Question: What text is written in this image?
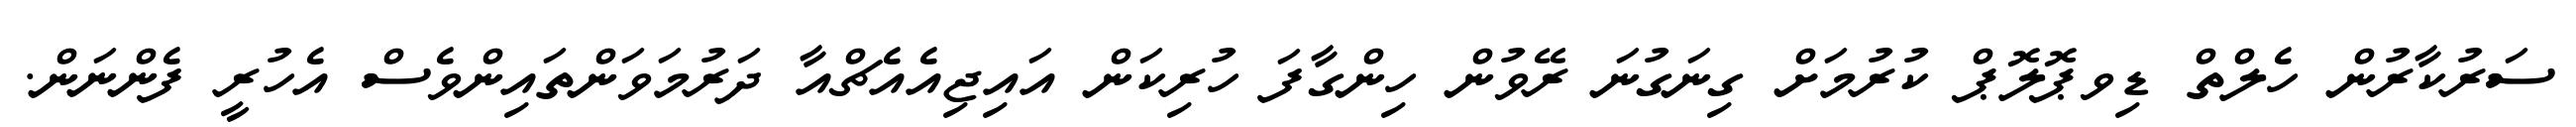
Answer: ސަރުކާރުން ހެލްތް ޑިވޕޮލޮޕް ކުރުމަށް ގިނަގުނަ ރޭވުން ހިންގާފަ ހުރިކަން އައިޖިއެއެޗްއާ ދަރުމަވަންތައިންވެސް އެހުރީ ފެންނަން.